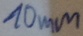
Text: 10mm